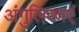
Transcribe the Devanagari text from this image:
अंगुलिकाएं